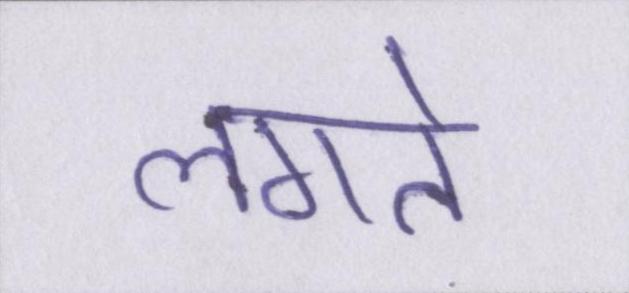
लगते